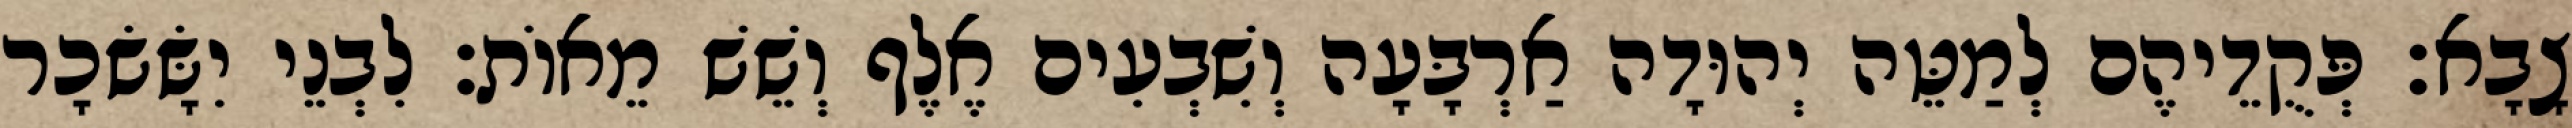
צָבָא׃ פְּקֻדֵיהֶם לְמַטֵּה יְהוּדָה אַרְבָּעָה וְשִׁבְעִים אֶלֶף וְשֵׁשׁ מֵאוֹת׃ לִבְנֵי יִשָּׂשׂכָר